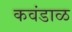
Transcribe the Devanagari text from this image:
कवंडाळ